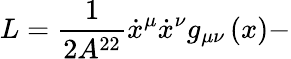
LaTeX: L=\frac{1}{2A^{22}}\dot{x}^{\mu}\dot{x}^{\nu}g_{\mu\nu}\left(x\right)-